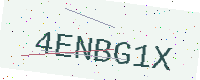
Text: 4ENBG1X